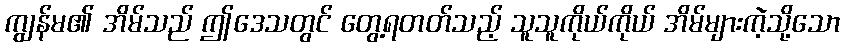
ကျွန်မ၏ အိမ်သည် ဤဒေသတွင် တွေ့ရတတ်သည့် သူသူကိုယ်ကိုယ် အိမ်များကဲ့သို့သော